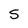
Character: S